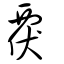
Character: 覄